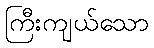
ကြီးကျယ်သော